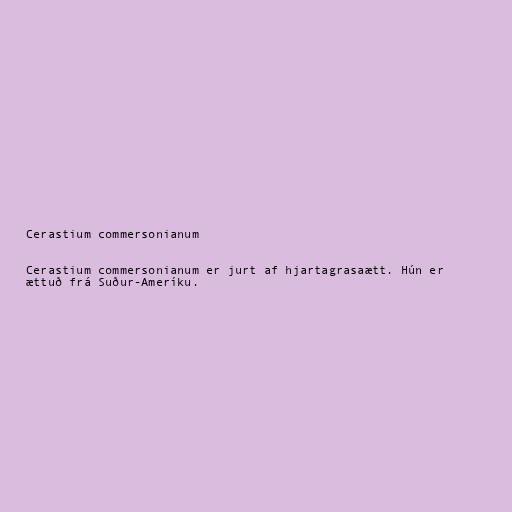
Cerastium commersonianum

Cerastium commersonianum er jurt af hjartagrasaætt. Hún er
ættuð frá Suður-Ameríku.